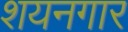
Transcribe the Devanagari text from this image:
शयनगार